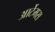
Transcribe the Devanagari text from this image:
आर्टेमस